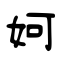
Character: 妸